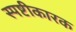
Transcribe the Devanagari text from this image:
स्पष्टीकारक